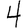
Digit: 4